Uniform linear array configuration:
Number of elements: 8
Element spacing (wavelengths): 1
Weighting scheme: kaiser
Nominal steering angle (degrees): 45
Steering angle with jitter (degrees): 46.303
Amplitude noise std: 0.05
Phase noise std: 0.05

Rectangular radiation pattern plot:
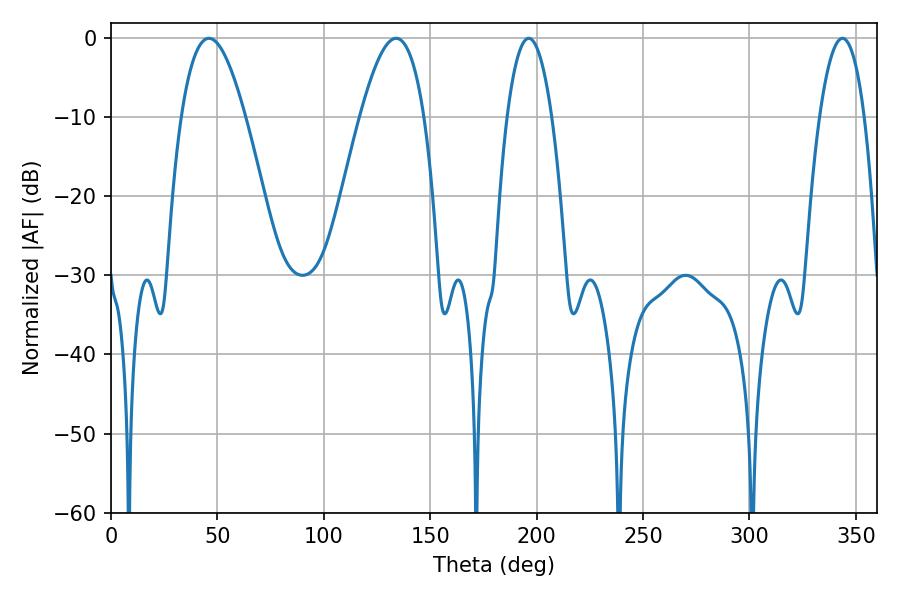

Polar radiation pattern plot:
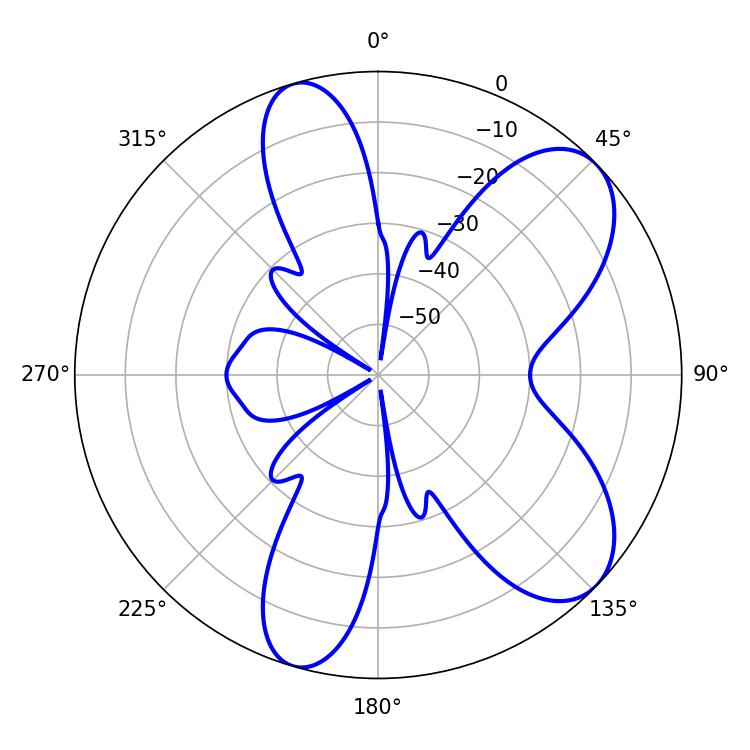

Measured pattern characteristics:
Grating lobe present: TRUE
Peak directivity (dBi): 7.841
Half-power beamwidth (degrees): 16.38
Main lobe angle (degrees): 133.92